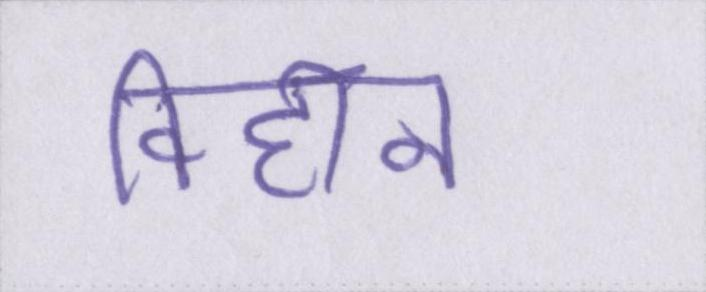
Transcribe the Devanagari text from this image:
विहीन